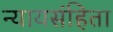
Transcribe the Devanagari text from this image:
न्यायसंहिता